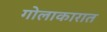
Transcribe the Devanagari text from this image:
गोलाकारात